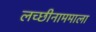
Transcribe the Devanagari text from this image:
लच्छीनाममाला